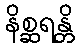
နိစ္ဆရန္တိ